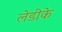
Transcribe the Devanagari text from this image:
लेडीके